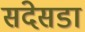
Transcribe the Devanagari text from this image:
संदेसडा